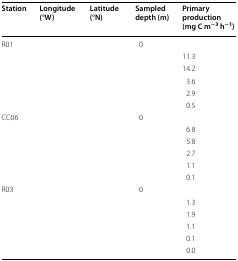
<table><thead><tr><td><b>Station</b></td><td><b>Longitude (°W)</b></td><td><b>Latitude (°N)</b></td><td><b>Sampled depth (m)</b></td><td><b>Primary production (mg C m<sup>−3</sup> h<sup>−1</sup>)</b></td></tr></thead><tbody><tr><td rowspan="6">R01</td><td>[EMPTY_CELL]</td><td>[EMPTY_CELL]</td><td>0</td><td>[EMPTY_CELL]</td></tr><tr><td>[EMPTY_CELL]</td><td>[EMPTY_CELL]</td><td>[EMPTY_CELL]</td><td>11.3</td></tr><tr><td>[EMPTY_CELL]</td><td>[EMPTY_CELL]</td><td>[EMPTY_CELL]</td><td>14.2</td></tr><tr><td>[EMPTY_CELL]</td><td>[EMPTY_CELL]</td><td>[EMPTY_CELL]</td><td>3.6</td></tr><tr><td>[EMPTY_CELL]</td><td>[EMPTY_CELL]</td><td>[EMPTY_CELL]</td><td>2.9</td></tr><tr><td>[EMPTY_CELL]</td><td>[EMPTY_CELL]</td><td>[EMPTY_CELL]</td><td>0.5</td></tr><tr><td rowspan="6">CC06</td><td>[EMPTY_CELL]</td><td>[EMPTY_CELL]</td><td>0</td><td>[EMPTY_CELL]</td></tr><tr><td>[EMPTY_CELL]</td><td>[EMPTY_CELL]</td><td>[EMPTY_CELL]</td><td>6.8</td></tr><tr><td>[EMPTY_CELL]</td><td>[EMPTY_CELL]</td><td>[EMPTY_CELL]</td><td>5.8</td></tr><tr><td>[EMPTY_CELL]</td><td>[EMPTY_CELL]</td><td>[EMPTY_CELL]</td><td>2.7</td></tr><tr><td>[EMPTY_CELL]</td><td>[EMPTY_CELL]</td><td>[EMPTY_CELL]</td><td>1.1</td></tr><tr><td>[EMPTY_CELL]</td><td>[EMPTY_CELL]</td><td>[EMPTY_CELL]</td><td>0.1</td></tr><tr><td rowspan="6">R03</td><td>[EMPTY_CELL]</td><td>[EMPTY_CELL]</td><td>0</td><td>[EMPTY_CELL]</td></tr><tr><td>[EMPTY_CELL]</td><td>[EMPTY_CELL]</td><td>[EMPTY_CELL]</td><td>1.3</td></tr><tr><td>[EMPTY_CELL]</td><td>[EMPTY_CELL]</td><td>[EMPTY_CELL]</td><td>1.9</td></tr><tr><td>[EMPTY_CELL]</td><td>[EMPTY_CELL]</td><td>[EMPTY_CELL]</td><td>1.1</td></tr><tr><td>[EMPTY_CELL]</td><td>[EMPTY_CELL]</td><td>[EMPTY_CELL]</td><td>0.1</td></tr><tr><td>[EMPTY_CELL]</td><td>[EMPTY_CELL]</td><td>[EMPTY_CELL]</td><td>0.0</td></tr></tbody></table>